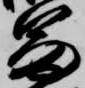
冨